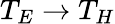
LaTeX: T_{E}\to T_{H}